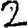
Digit: 2